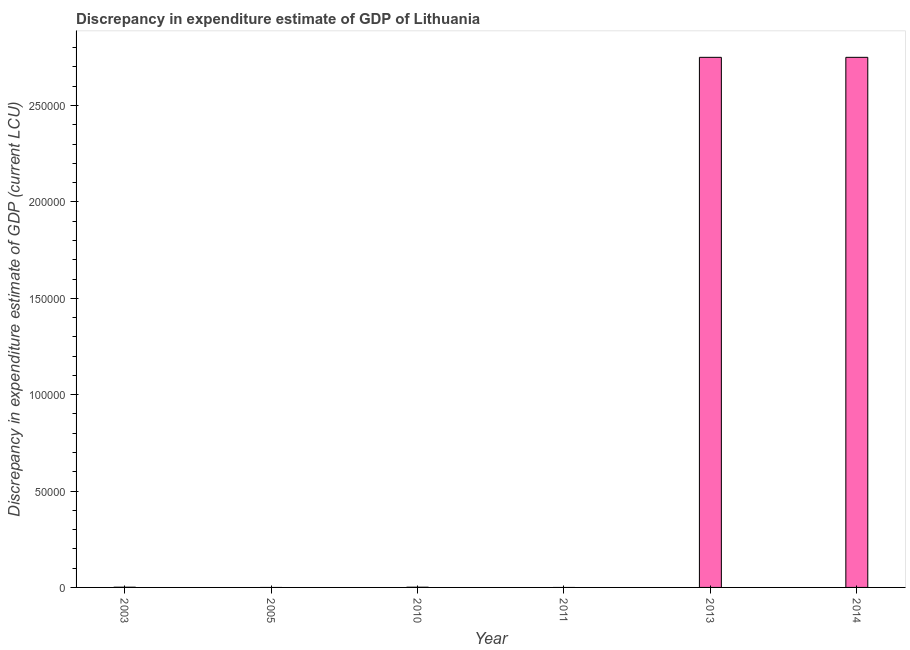
| Year | Discrepancy current LCU |
 | --- | --- |
 | 2003 | 100 |
 | 2005 | -100 |
 | 2010 | 100 |
 | 2011 | -100 |
 | 2013 | 2.75e+05 |
 | 2014 | 2.75e+05 |